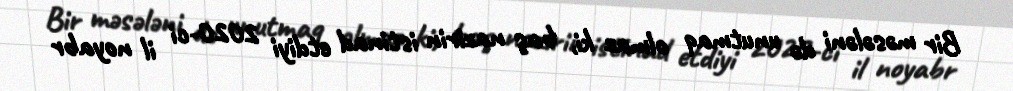
Bir məsələni də unutmaq olmaz ki, baş nazirin istinad etdiyi 2020-ci il noyabr